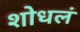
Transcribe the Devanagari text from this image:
शोधलं